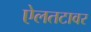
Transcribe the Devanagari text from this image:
ऐलतटावर